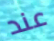
عند